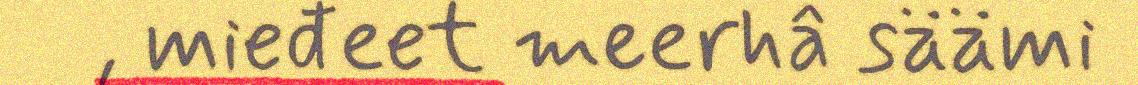
, mieđeet meerhâ säämi